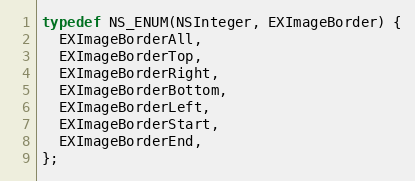
Language: C
typedef NS_ENUM(NSInteger, EXImageBorder) {
  EXImageBorderAll,
  EXImageBorderTop,
  EXImageBorderRight,
  EXImageBorderBottom,
  EXImageBorderLeft,
  EXImageBorderStart,
  EXImageBorderEnd,
};